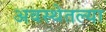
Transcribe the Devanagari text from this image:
अवस्थेतल्या